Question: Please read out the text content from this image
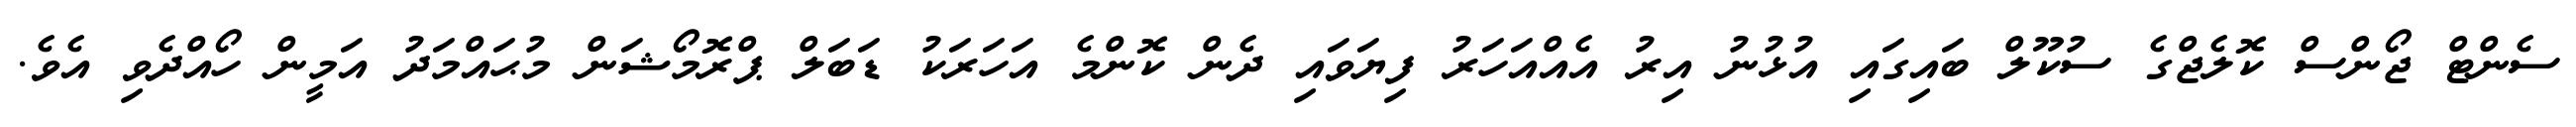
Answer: ސެންޓް ޖޯންސް ކޮލެޖްގެ ސުކޫލް ބައިގައި އުޅުނު އިރު އެއްއަހަރު ފިޔަވައި ދެން ކޮންމެ އަހަރަކު ޑަބަލް ޕްރޮމޯޝަން މުޙައްމަދު އަމީން ހޯއްދެވި އެވެ.